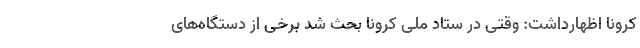
کرونا اظهارداشت: وقتی در ستاد ملی کرونا بحث شد برخی از دستگاه‌های